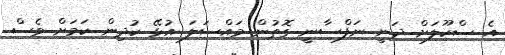
އެ ސްކޫލަށް ދަނީ ނަފްސާނީ ގޮތުން މައްސަލަ އުޅޭ ކުދިން ކަމަށް ވެސް